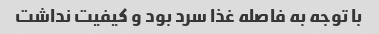
با توجه به فاصله غذا سرد بود و کیفیت نداشت